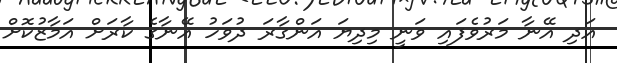
އަދި އޭނާ މަރުވެފައި ވަނީ މިދިޔަ އަންގާރަ ދުވަހު އޭނާގެ ކާރަށް އަމާޒުކޮށް